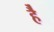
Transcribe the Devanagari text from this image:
है॑